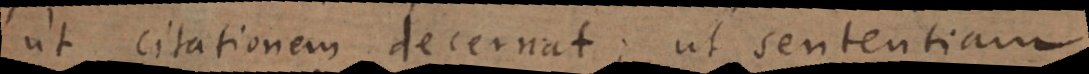
ut citationem decernat; ut sententiam